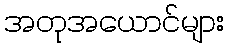
အတုအယောင်များ